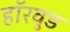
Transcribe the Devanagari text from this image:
हॉरवुड